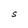
Character: S